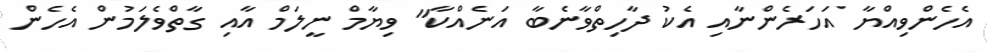
އެހެންވިއްޔާ އަހަރެންނާއި އެކު ދާހިތްވާނެބާ އަނެއްކާ" ވިޔާމް ނީލަމް އާއި ގާތްވެލަމުން އެހެން